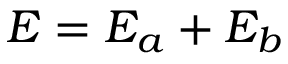
E = E _ { a } + E _ { b }